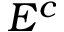
E ^ { c }